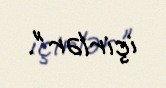
içirlər".